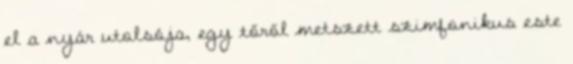
el a nyár utolsója, egy tőről metszett szimfonikus este